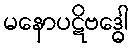
မနောပဋိဗဒ္ဓေါ